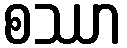
စဿာ